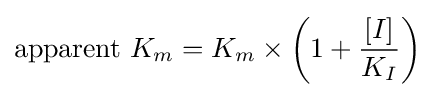
{\begin{aligned}{\mbox{apparent }}K_{m}=K_{m}\times \left(1+{\frac {[I]}{K_{I}}}\right)\end{aligned}}